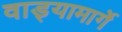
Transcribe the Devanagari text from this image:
वाड्यामार्गे